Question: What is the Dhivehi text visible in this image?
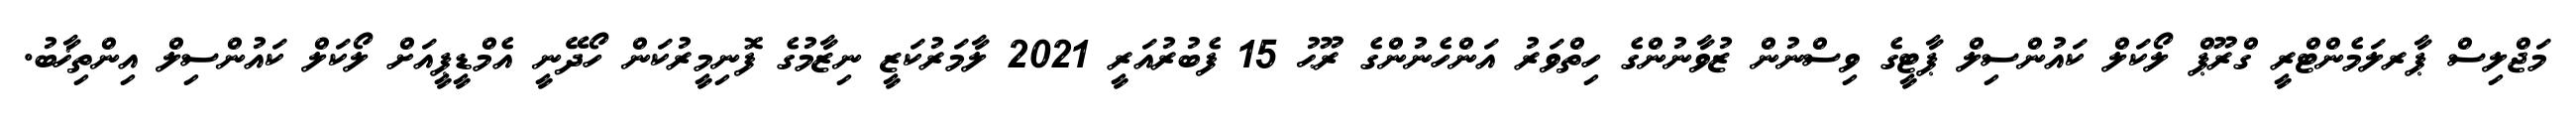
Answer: މަޖްލިސް ޕާރލަމެންޓްރީ ގްރޫޕް ލޯކަލް ކައުންސިލް ޕާޓީގެ ވިސްނުން ޒުވާނުންގެ ހިތްވަރު އަންހެނުންގެ ރޫޙު 15 ފެބުރުއަރީ 2021 ލާމަރުކަޒީ ނިޒާމުގެ ފޮނިމީރުކަން ހޯދޭނީ އެމްޑީޕީއަށް ލޯކަލް ކައުންސިލް އިންތިޚާބު.